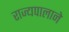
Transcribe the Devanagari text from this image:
राज्यपालाने